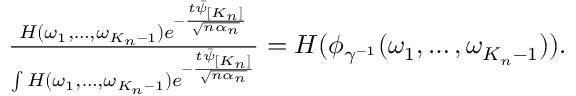
\begin{array} { r } { \frac { H ( \omega _ { 1 } , \dots , \omega _ { K _ { n } - 1 } ) e ^ { - \frac { t \bar { \psi } _ { [ K _ { n } ] } } { \sqrt { n \alpha _ { n } } } } } { \int H ( \omega _ { 1 } , \dots , \omega _ { K _ { n } - 1 } ) e ^ { - \frac { t \bar { \psi } _ { [ K _ { n } ] } } { \sqrt { n \alpha _ { n } } } } } = H ( \phi _ { \gamma ^ { - 1 } } ( \omega _ { 1 } , \dots , \omega _ { K _ { n } - 1 } ) ) . } \end{array}